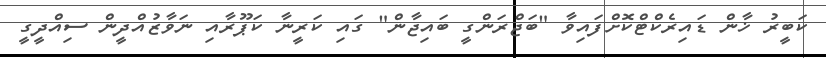
ކަބީރު ޚާން ޑައިރެކްޓްކޮށްފައިވާ "ބަޖްރަންގީ ބައިޖާން" ގައި ކަރީނާ ކަޕޫރާއި ނަވާޒުއްދީން ސިއްދީގީ